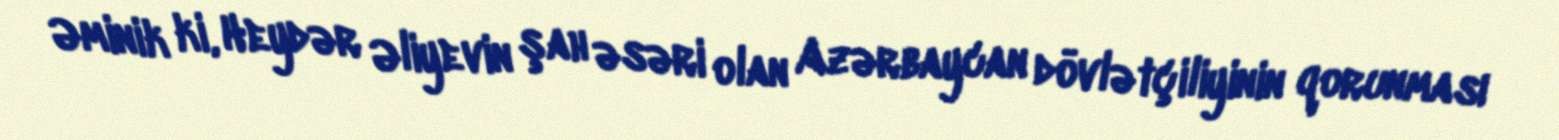
Əminik ki, Heydər Əliyevin şah əsəri olan Azərbaycan dövlətçiliyinin qorunması